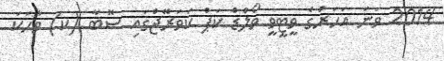
2014 ވަނަ އަހަރުގެ ވީޓީވީ ވޯލްޑް ކަޕް ކަވަރޭޖްގައި ސޮބާ (ކ) ވާހަކަ